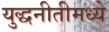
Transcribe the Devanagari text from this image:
युद्धनीतीमध्ये